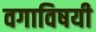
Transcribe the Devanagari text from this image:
वगाविषयी